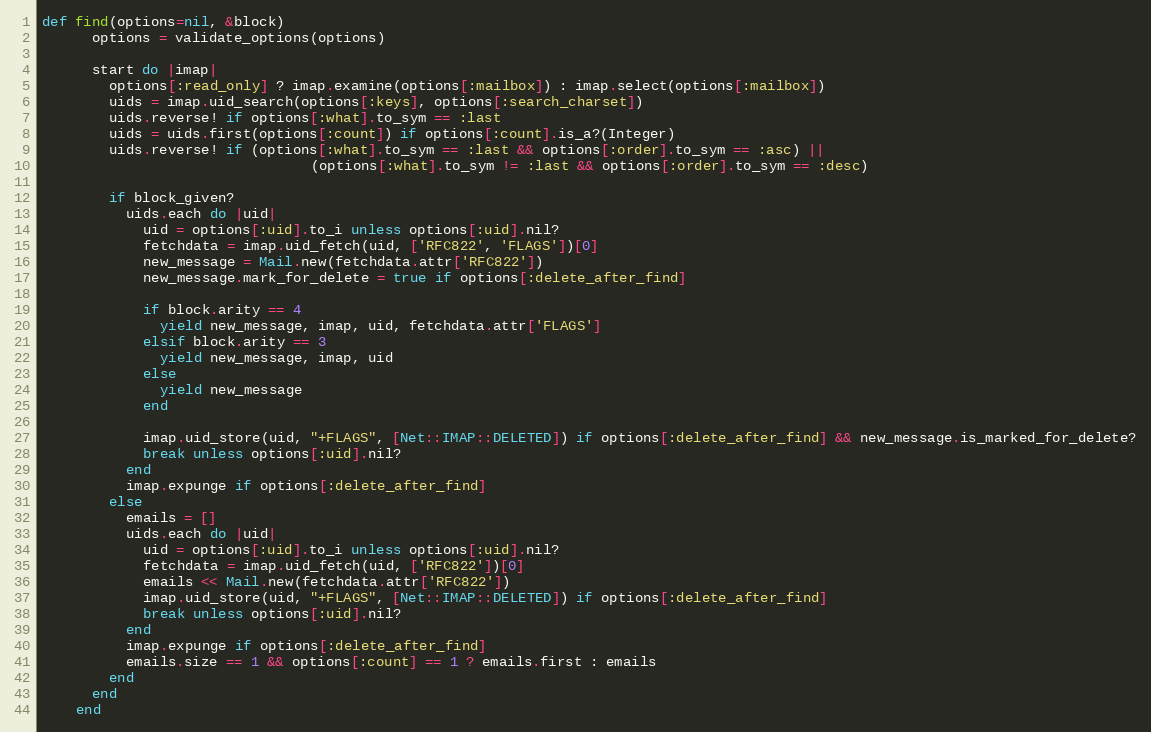
Language: Ruby
def find(options=nil, &block)
      options = validate_options(options)

      start do |imap|
        options[:read_only] ? imap.examine(options[:mailbox]) : imap.select(options[:mailbox])
        uids = imap.uid_search(options[:keys], options[:search_charset])
        uids.reverse! if options[:what].to_sym == :last
        uids = uids.first(options[:count]) if options[:count].is_a?(Integer)
        uids.reverse! if (options[:what].to_sym == :last && options[:order].to_sym == :asc) ||
                                (options[:what].to_sym != :last && options[:order].to_sym == :desc)

        if block_given?
          uids.each do |uid|
            uid = options[:uid].to_i unless options[:uid].nil?
            fetchdata = imap.uid_fetch(uid, ['RFC822', 'FLAGS'])[0]
            new_message = Mail.new(fetchdata.attr['RFC822'])
            new_message.mark_for_delete = true if options[:delete_after_find]

            if block.arity == 4
              yield new_message, imap, uid, fetchdata.attr['FLAGS']
            elsif block.arity == 3
              yield new_message, imap, uid
            else
              yield new_message
            end

            imap.uid_store(uid, "+FLAGS", [Net::IMAP::DELETED]) if options[:delete_after_find] && new_message.is_marked_for_delete?
            break unless options[:uid].nil?
          end
          imap.expunge if options[:delete_after_find]
        else
          emails = []
          uids.each do |uid|
            uid = options[:uid].to_i unless options[:uid].nil?
            fetchdata = imap.uid_fetch(uid, ['RFC822'])[0]
            emails << Mail.new(fetchdata.attr['RFC822'])
            imap.uid_store(uid, "+FLAGS", [Net::IMAP::DELETED]) if options[:delete_after_find]
            break unless options[:uid].nil?
          end
          imap.expunge if options[:delete_after_find]
          emails.size == 1 && options[:count] == 1 ? emails.first : emails
        end
      end
    end